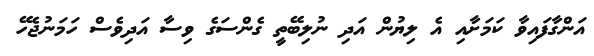
އަންގާފައިވާ ކަމަށާއި އެ ލިޔުން އަދި ނުލިބޭތީ ގެންސަގެ ވިސާ އަދިވެސް ހަމަނުޖެހޭ